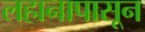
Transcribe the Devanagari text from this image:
लहानापासून